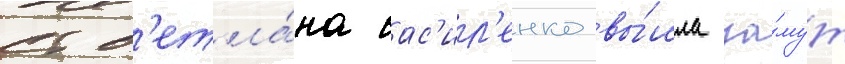
Св'етла́на вас'ил'енко вы́шла за́муж